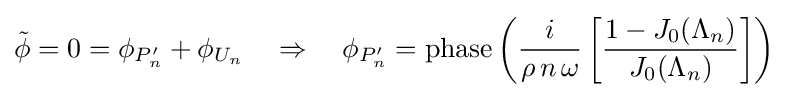
{\tilde {\phi }}=0=\phi _{P'_{n}}+\phi _{U_{n}}\quad \Rightarrow \quad \phi _{P'_{n}}=\operatorname {phase} \left({\frac {i}{\rho \,n\,\omega }}\left[{\frac {1-J_{0}(\Lambda _{n})}{J_{0}(\Lambda _{n})}}\right]\right)